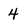
Character: 4